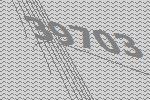
39703